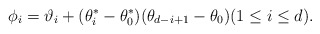
\begin{align*}\phi_i = \vartheta_i + (\theta^*_i-\theta^*_0)(\theta_{d-i+1}-\theta_0) (1\leq i \leq d).\end{align*}